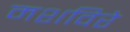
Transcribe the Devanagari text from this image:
मशविरे